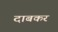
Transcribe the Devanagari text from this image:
दाबकर